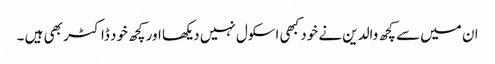
ان میں سے کچھ والدین نے خود کبھی اسکول نہیں دیکھا اور کچھ خود ڈاکٹر بھی ہیں ۔